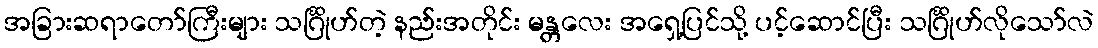
အခြားဆရာတော်ကြီးများ သင်္ဂြိုဟ်တဲ့ နည်းအတိုင်း မန္တလေး အရှေ့ပြင်သို့ ပင့်ဆောင်ပြီး သင်္ဂြိုဟ်လိုသော်လဲ